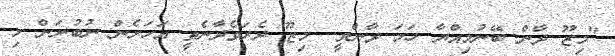
"މިޒޫ ދާން ބޭނުމިއްޔާ ހަމަ ދާންވީ.. މިޒޫ ދެރަވެދާނެތީ އަހަރެން ނުބުނަން މި